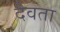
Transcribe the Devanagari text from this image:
दैवता